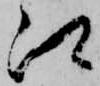
郷